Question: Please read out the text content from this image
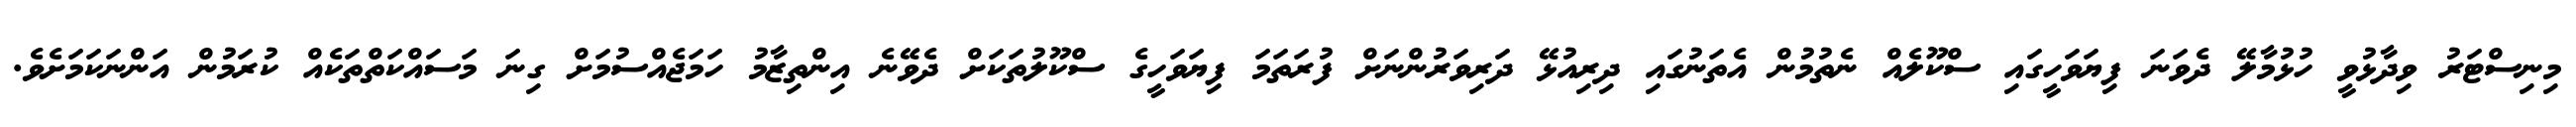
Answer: މިނިސްޓަރު ވިދާޅުވީ ހުޅުމާލޭ ދެވަނަ ފިޔަވަހީގައި ސްކޫލެއް ނެތުމުން އެތަނުގައި ދިރިއުޅޭ ދަރިވަރުންނަށް ފުރަތަމަ ފިޔަވަހީގެ ސްކޫލުތަކަށް ދެވޭނެ އިންތިޒާމު ހަމަޖެއްސުމަށް ގިނަ މަސައްކަތްތަކެއް ކުރަމުން އަންނަކަމަށެވެ.